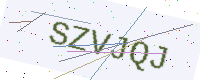
Text: SZVJQJ